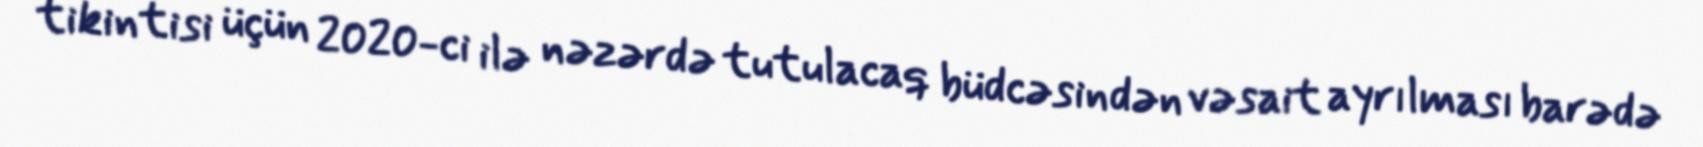
tikintisi üçün 2020-ci ilə nəzərdə tutulacaq büdcəsindən vəsait ayrılması barədə